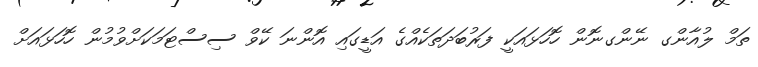
ތަމް ލުއާންގ ނޭންގނޮން ހޮހަޅައަކީ ފަރުބަދަތަކެއްގެ އަޑީގައި އޮންނަ ކޭވް ސިސްޓަމަކަށްވުމުން ހޮހަޅައަށް